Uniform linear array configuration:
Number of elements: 8
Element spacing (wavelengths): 0.75
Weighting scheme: hamming
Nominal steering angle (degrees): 15
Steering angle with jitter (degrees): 15.805
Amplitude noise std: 0.05
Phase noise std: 0.05

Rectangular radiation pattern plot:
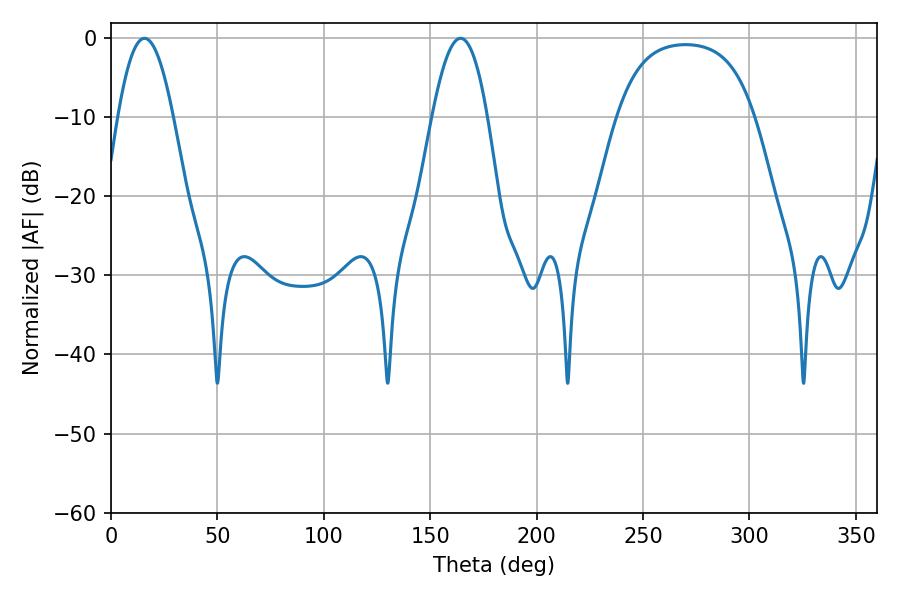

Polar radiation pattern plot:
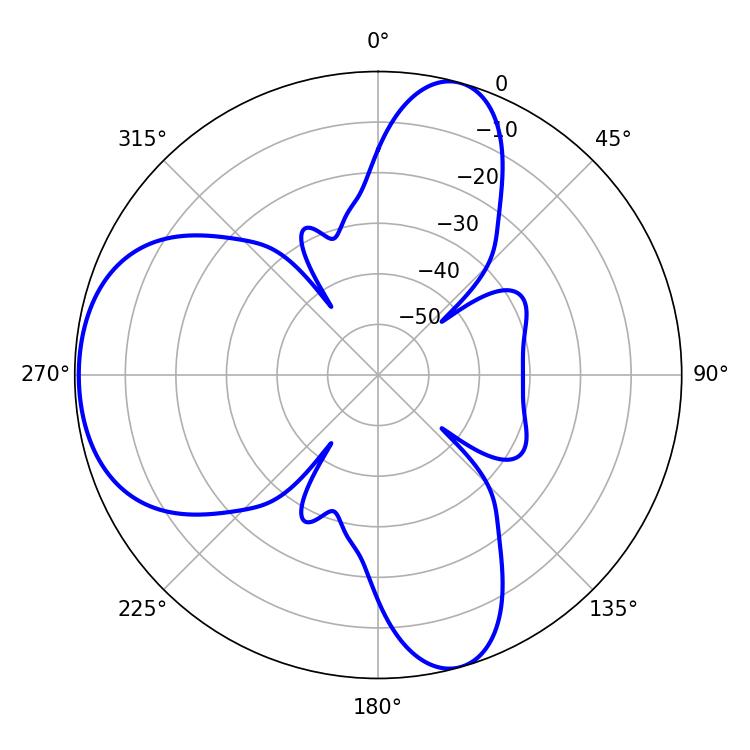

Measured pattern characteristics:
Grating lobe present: TRUE
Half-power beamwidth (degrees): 14.22
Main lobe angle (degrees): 15.66